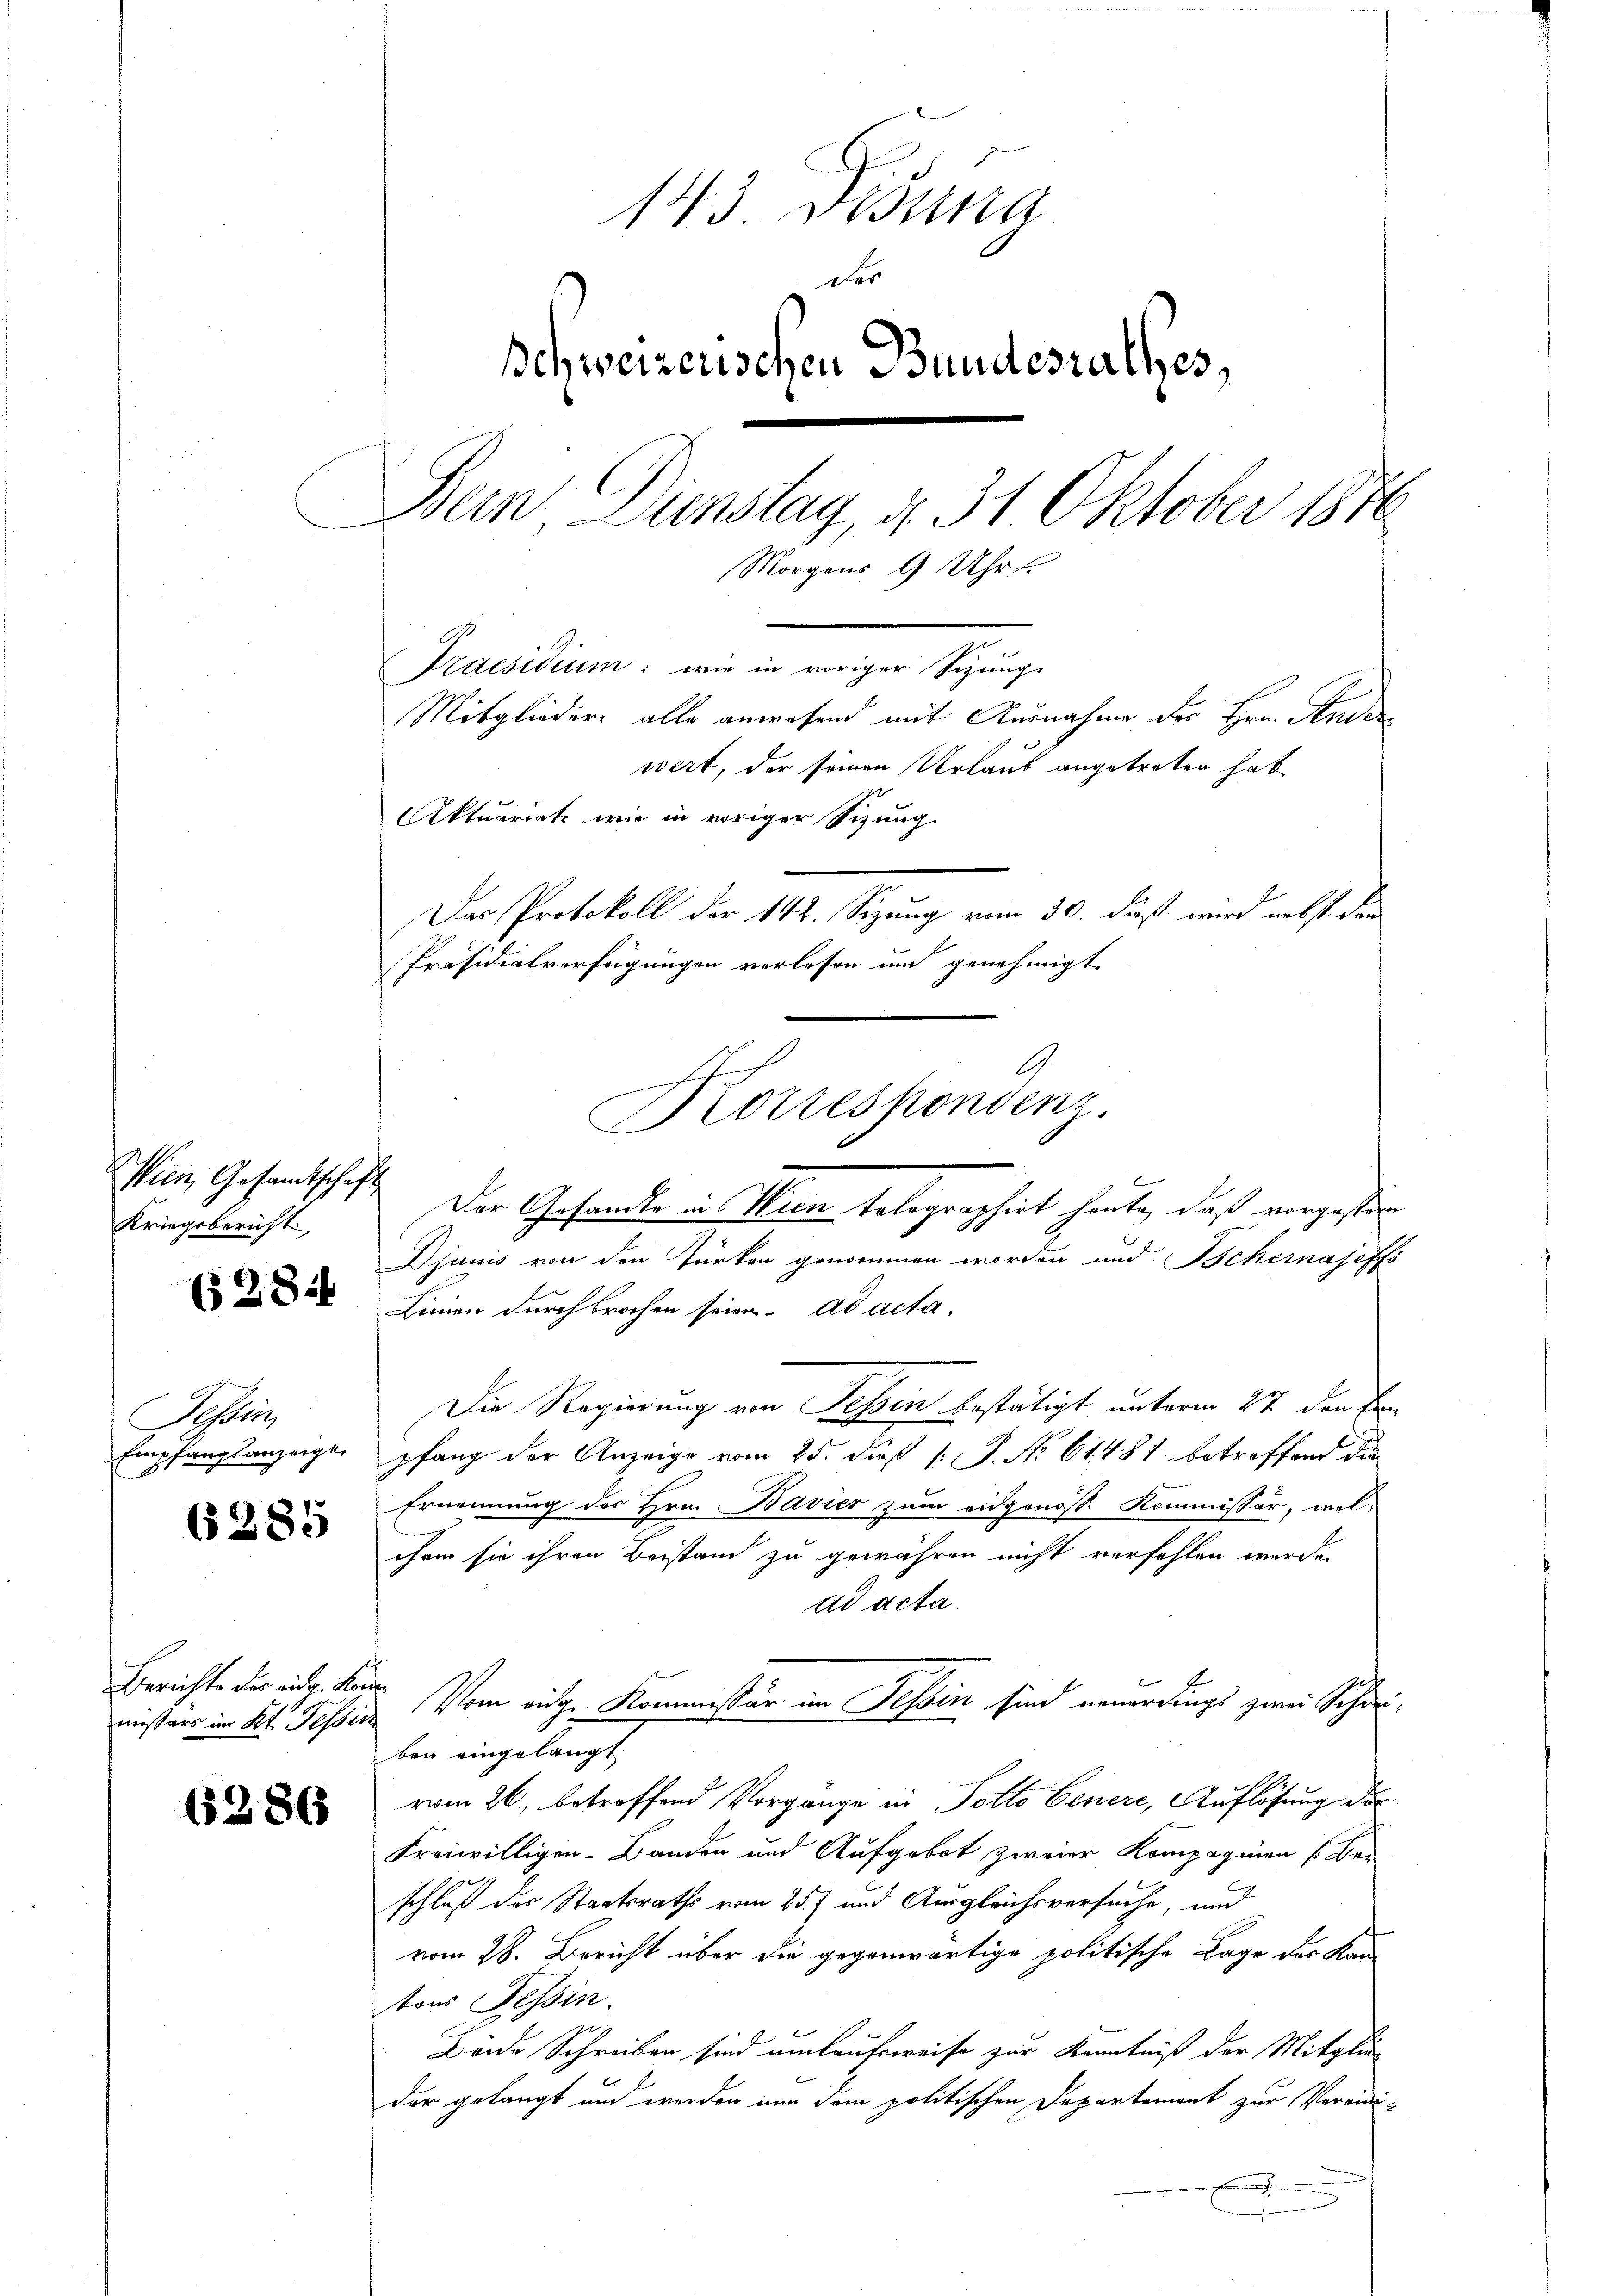
Wien Gesamtschaft
Kriegsbericht.

(28

Tessin,
Empfangsanzeige,

(§ 285

missars im Kt. Tessin

6286

143. Desina
des
Schweizerischen Bundesrathes,
Dein Dunstag d. 31 Oktober 1876
Morgens 9 Uhr
Praesidium: wie in voriger Sizung
Mitgliedern alle anwesend mit Ausnahme der Hrn. Andere
wert, der seinen Urlaub angetreten hat
Aktuariat wie in voriger Sitzung.
Das Protokoll der 142. Sizung vom 30. dieß wird nebst den
Präsidialverfügungen verlesen und genehmigt

e
Brottespondenz,

Der Gesandte in Wien tolographirt heute, daß vorgestern
2
Djanis von den Türken genommen worden und Behernajeffs
Linien durchbrochen seien. ad acta-
Die Regierung von Tessin bestätigt unterm 27 den Ein
pfang der Anzeige vom 25. diß [ P. No 61487 betreffend die
Ernennung des Hrn. Bavier zum eidgenöss. Kommissär, wel-
chem sie ihren Beistand zu gewähren nicht verfehlen werde.
ad acta.
Berichts der eit. kann. Vom eige Kommissär im Tessin sind neuerdings zwei Schirben eingelangt
vom 26. betreffend Vorgänge in Potto Genere, Auflösung der
Freiwilligen-Banden und Aufgebot zweier Kompagnien (Be-
schluß des Staatsraths vom 25. und Ausgleichsversuche, und
vom 28. Bericht über die gegenwärtige politische Lage der Kan
tons Tessin.
Beide Schreiben sind umlaufsweise zur Kenntniß der Mitglie-
der gelangt und werden nun dem politischen Departement zur Vereinic